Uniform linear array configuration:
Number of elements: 32
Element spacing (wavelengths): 1
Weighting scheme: kaiser
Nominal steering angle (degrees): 30
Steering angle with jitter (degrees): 29.313
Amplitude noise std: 0.05
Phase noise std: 0.05

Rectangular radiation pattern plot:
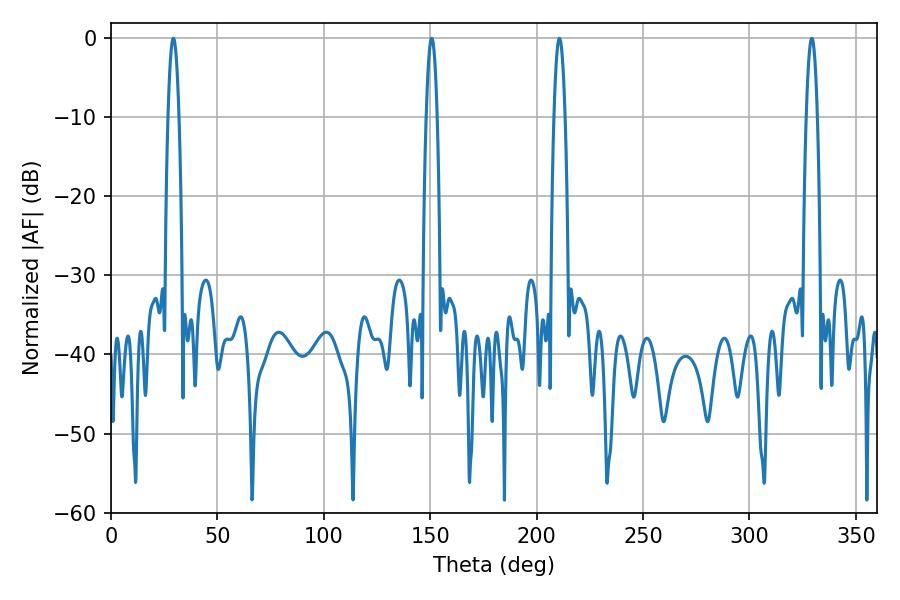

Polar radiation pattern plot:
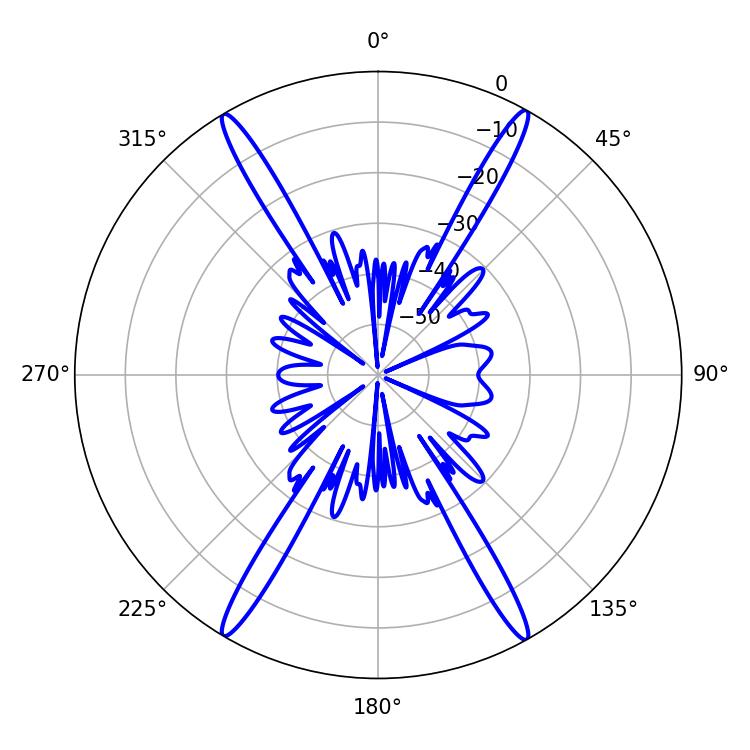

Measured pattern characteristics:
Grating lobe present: TRUE
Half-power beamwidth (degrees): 2.88
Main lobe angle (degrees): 150.66